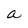
Character: a